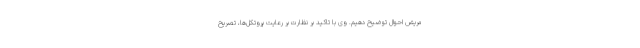
مریض احوال توضیح دهیم. وی با تاکید بر نظارت بر رعایت پروتکل‌ها، تصریح